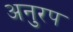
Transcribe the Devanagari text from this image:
अनुरप